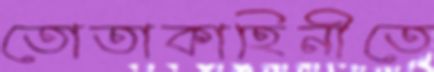
তোতাকাহিনীতে